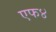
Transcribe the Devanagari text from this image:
एफ४